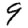
Digit: 9